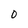
Character: o